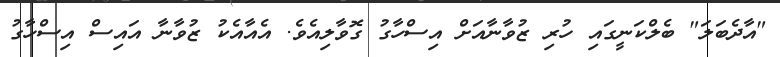
"އާދެބަލަ" ބެލްކަނީގައި ހުރި ޒުވާނާއަށް އިސްހާގު ގޮވާލިއެވެ. އެއާއެކު ޒުވާނާ އައިސް އިސްހާގު